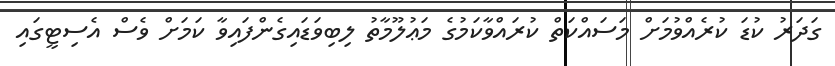
ގަދަރު ކުޑަ ކުރެއްވުމަށް މަސައްކަތް ކުރައްވާކަމުގެ މަޢުލޫމާތު ލިބިވަޑައިގެންފައިވާ ކަމަށް ވެސް އެސިޓީގައި